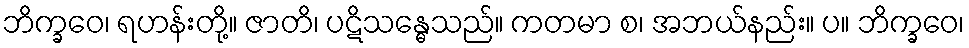
ဘိက္ခဝေ၊ ရဟန်းတို့။ ဇာတိ၊ ပဋိသန္ဓေသည်။ ကတမာ စ၊ အဘယ်နည်း။ ပ။ ဘိက္ခဝေ၊